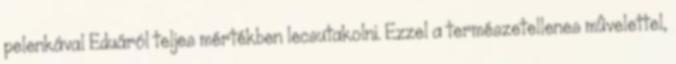
pelenkával Eduáról teljes mértékben lecsutakolni. Ezzel a természetellenes mûvelettel,